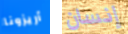
أريزونا إنسان